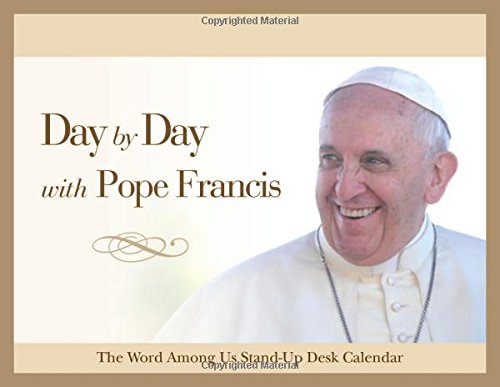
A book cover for Day by Day with Pope Francis: Perpetual Desk Calendar; The Word Among Us Press; Christian Books & Bibles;